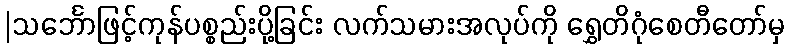
|သင်္ဘောဖြင့်ကုန်ပစ္စည်းပို့ခြင်း လက်သမားအလုပ်ကို ရွှေတိဂုံစေတီတော်မှ